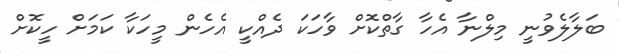
ބަލާލެވުނީ މިލްނާ އެހާ ގާތްކޮށް ވާހަކަ ދެއްކީ އެހެން މީހަކާ ކަމަށް ހީކޮށް